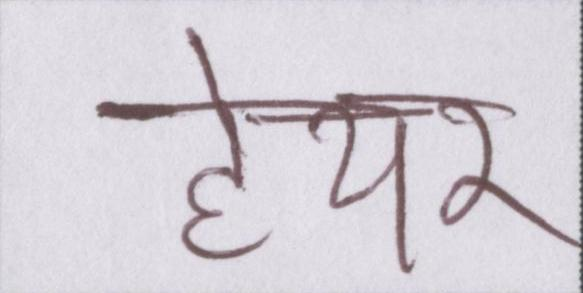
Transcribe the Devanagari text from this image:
हेयर